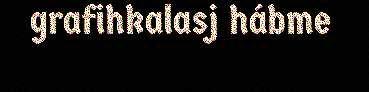
grafihkalasj hábme